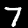
Digit: 7